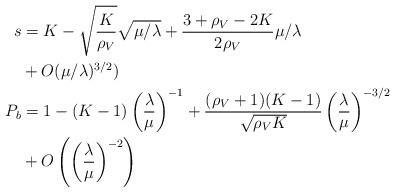
LaTeX: \begin{align*} s &= K - \sqrt{\frac{K}{\rho_V}}\sqrt{\mu/\lambda} + \frac{3+\rho_V-2K}{2\rho_V}\mu/\lambda \\&+ O (\mu/\lambda)^{3/2}) \\P_b &= 1 - (K-1)\left(\frac{\lambda}{\mu} \right)^{-1} + \frac{(\rho_V+1)(K-1)}{\sqrt{\rho_V K}}\left(\frac{\lambda}{\mu} \right)^{-3/2} \\&+ O \left(\left(\frac{\lambda}{\mu} \right)^{-2} \right) \end{align*}